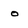
Character: o